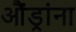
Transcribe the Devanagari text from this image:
औंड्रांना